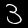
Digit: 3